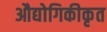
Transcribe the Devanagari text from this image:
औद्योगिकीकृत